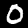
Digit: 0